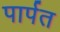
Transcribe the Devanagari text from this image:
पार्पत